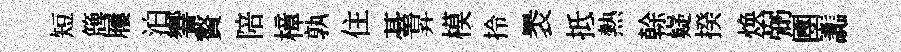
短簰屨泊響贅陪樟孰住䑓昇模拎褁抵熱𠏉嶷揆焕弼圑讟